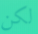
لكن